Vaccination United Provinces of Agra and Oudh 1902-1913 - 1902-1913
Year: 1902
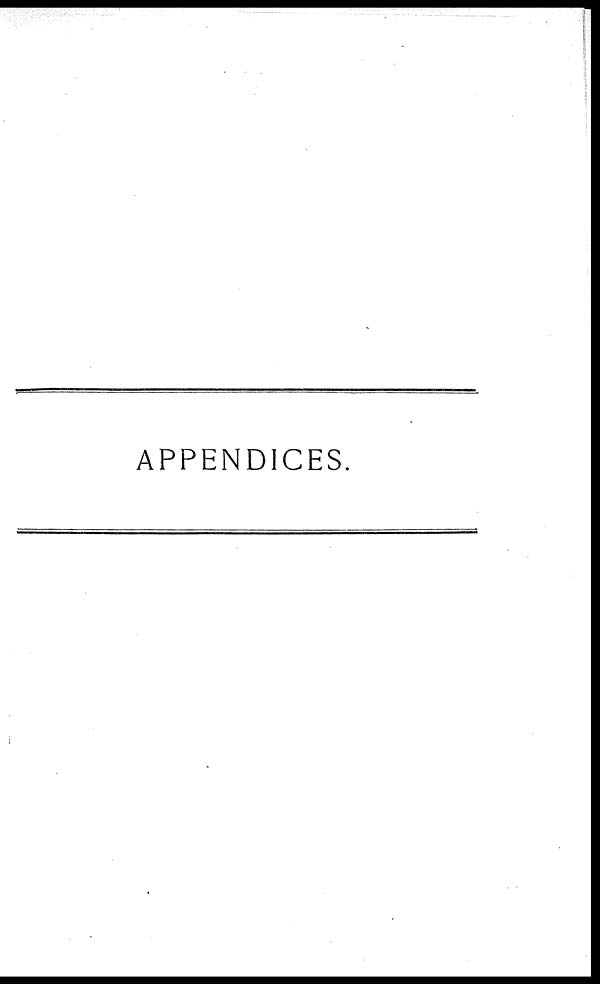
APPENDICES.